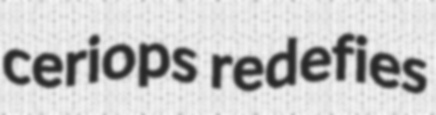
ceriops redefies